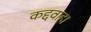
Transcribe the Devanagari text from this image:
कद्दवाहा